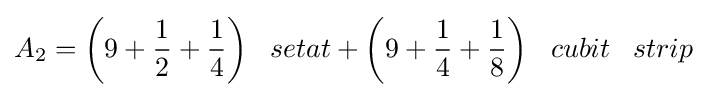
A_{2}={\bigg (}9+{\frac {1}{2}}+{\frac {1}{4}}{\bigg )}\;\;\;setat+{\bigg (}9+{\frac {1}{4}}+{\frac {1}{8}}{\bigg )}\;\;\;cubit\;\;\;strip